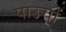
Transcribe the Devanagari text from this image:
पाउचों